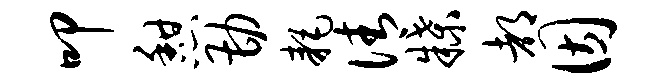
叩憩勘耗倩牒都因